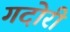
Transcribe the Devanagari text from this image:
गदोरी